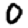
Digit: 0